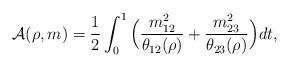
LaTeX: \begin{align*}\mathcal A(\rho,m)=\frac 12\int_0^1\Big(\frac {m_{12}^2}{\theta_{12}(\rho)}+\frac {m_{23}^2}{\theta_{23}(\rho)}\Big)dt,\end{align*}